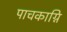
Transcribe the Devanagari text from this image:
पाचकाग्नि